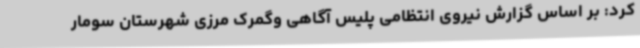
کرد: بر اساس گزارش نیروی انتظامی پلیس آگاهی وگمرک مرزی شهرستان سومار